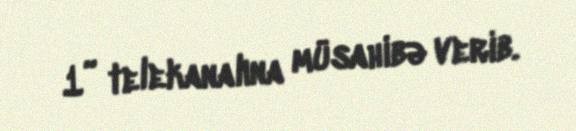
1” telekanalına müsahibə verib.